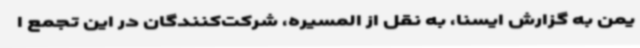
یمن به گزارش ایسنا، به نقل از المسیره، شرکت‌کنندگان در این تجمع ا